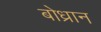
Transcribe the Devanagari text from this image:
बोध्रान